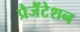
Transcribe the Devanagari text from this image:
प्रैजैंटेशन